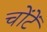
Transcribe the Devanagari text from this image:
चोंटें